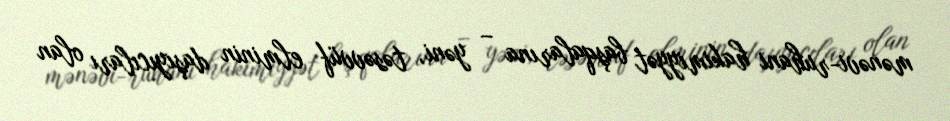
mənəvi-ruhani hakimiyyət başqalarına – yəni, təsəvvüf elminin daşıyıcıları olan